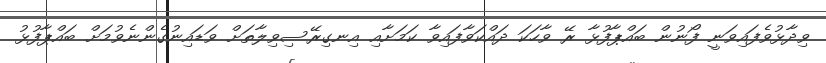
ވިދާޅުވެފައިވަނީ ފޯނުން ބައްޕާފުޅާ ރޭ ވާހަކަ ދައްކަވާފައިވާ ކަމަށާއި އިނގިރޭސިވިލާތަށް ވަޑައިނުގެންނެވުމަށް ބައްޕާފުޅު